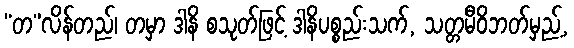
“တ”လိန်တည်၊ တမှာ ဒါနိ စသုတ်ဖြင့် ဒါနိပစ္စည်းသက်, သတ္တမီဝိဘတ်မှည့်,